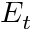
E _ { t }